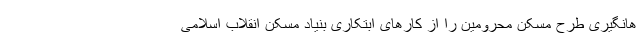
هانگیری طرح مسکن محرومین را از کارهای ابتکاری بنیاد مسکن انقلاب اسلامی